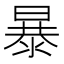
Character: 暴